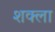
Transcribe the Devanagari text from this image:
शक्ला